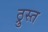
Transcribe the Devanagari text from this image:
ठ्रुस्त